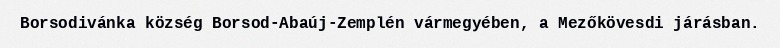
Borsodivánka község Borsod-Abaúj-Zemplén vármegyében, a Mezőkövesdi járásban.